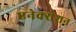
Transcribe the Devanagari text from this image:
एनेक्सेशन